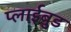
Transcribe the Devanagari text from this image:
प्लाईबुड